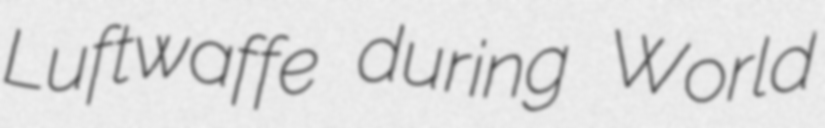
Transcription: Luftwaffe during World